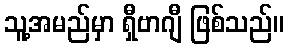
သူ့အမည်မှာ ရှီဗာဂျီ ဖြစ်သည်။